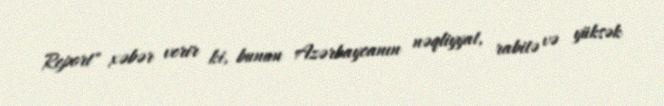
Report" xəbər verir ki, bunun Azərbaycanın nəqliyyat, rabitə və yüksək